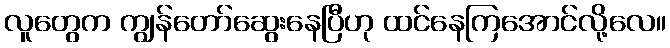
လူတွေက ကျွန်တော်ဆွေးနေပြီဟု ထင်နေကြအောင်လို့လေ။